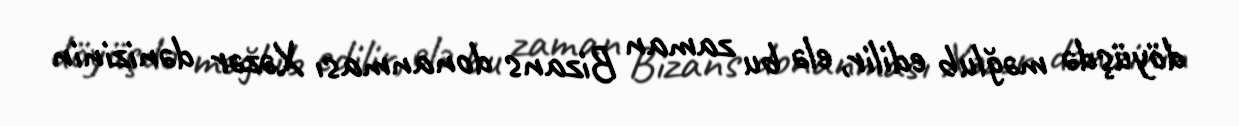
döyüşdə məğlub edilir, elə bu zaman Bizans donanması Xəzər dənizinin